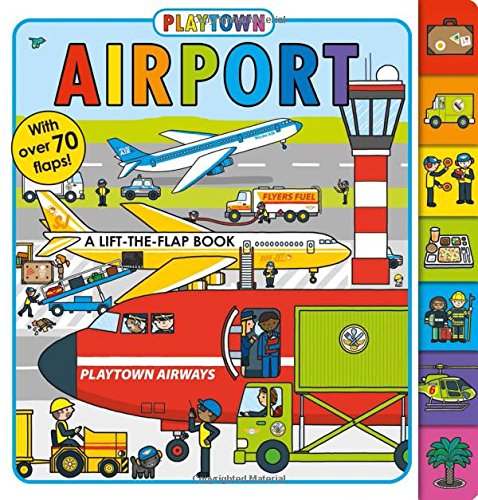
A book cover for Playtown: Airport; Roger Priddy; Children's Books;